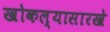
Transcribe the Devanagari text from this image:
खोकल्यासारखे